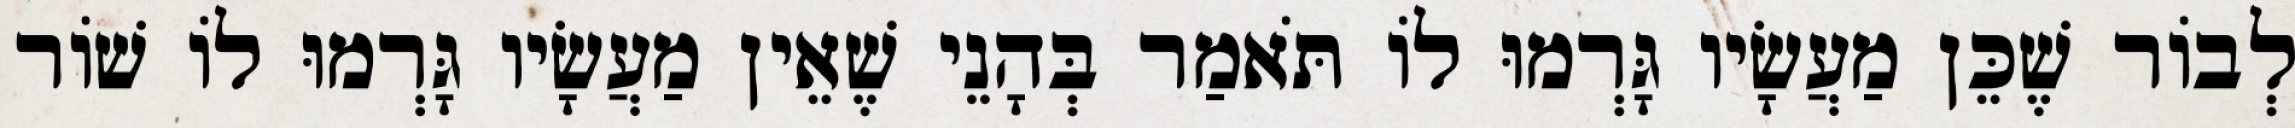
לְבוֹר שֶׁכֵּן מַעֲשָׂיו גָּרְמוּ לוֹ תֹּאמַר בְּהָנֵי שֶׁאֵין מַעֲשָׂיו גָּרְמוּ לוֹ שׁוֹר